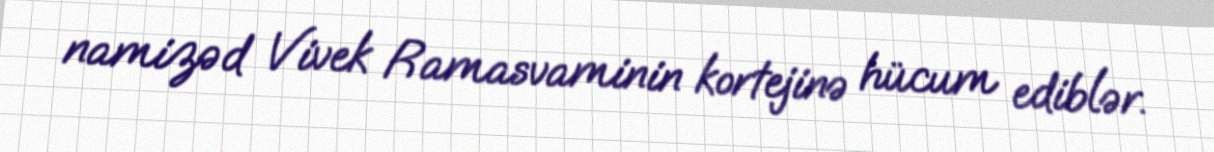
namizəd Vivek Ramasvaminin kortejinə hücum ediblər.